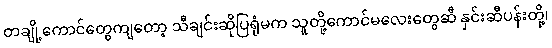
တချို့ကောင်တွေကျတော့ သီချင်းဆိုပြရုံမက သူတို့ကောင်မလေးတွေဆီ နှင်းဆီပန်းတို့၊